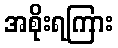
အစိုးရကြား